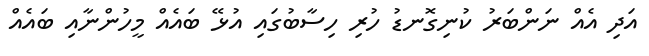
އަދި އެއް ނަންބަރު ކުނިގޮނޑު ހުރި ހިސާބުގައި އުޅޭ ބައެއް މީހުންނާއި ބައެއް